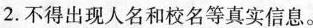
2.不得出现人名和校名等真实信息。